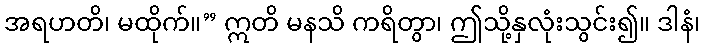
အရဟတိ၊ မထိုက်။” ဣတိ မနသိ ကရိတွာ၊ ဤသို့နှလုံးသွင်း၍။ ဒါနံ၊